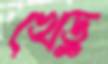
খেড়ু